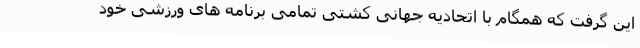
این گرفت که همگام با اتحادیه جهانی کشتی تمامی برنامه های ورزشی خود